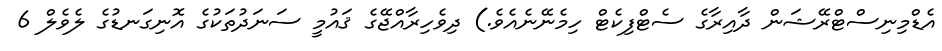
އެޑްމިނިސްޓްރޭޝަން ދާއިރާގެ ސެޓްފިކެޓް ހިމެނޭނެއެވެ.) ދިވެހިރާއްޖޭގެ ޤައުމީ ސަނަދުތަކުގެ އޮނިގަނޑުގެ ލެވެލް 6